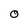
Character: 0